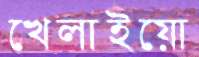
খেলাইয়ো